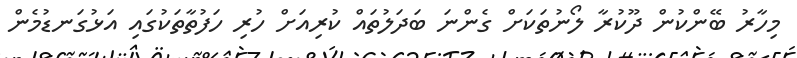
މިހާރު ބޭންކުން ދޫކުރާ ލޯނުތަކަށް ގެންނަ ބަދަލުތައް ކުރިއަށް ހުރި ހަފުތާތަކުގައި އަޅުގަނޑުމެން